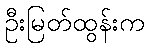
ဦးမြတ်ထွန်းက